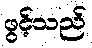
ဖွင့်သည်